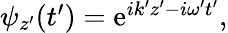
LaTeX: \begin{array}{r}{\psi_{z^{\prime}}(t^{\prime})=\mathrm{e}^{ik^{\prime}z^{\prime}-i\omega^{\prime}t^{\prime}},}\end{array}